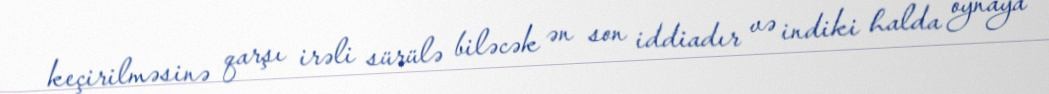
keçirilməsinə qarşı irəli sürülə biləcək ən son iddiadır və indiki halda oynaya